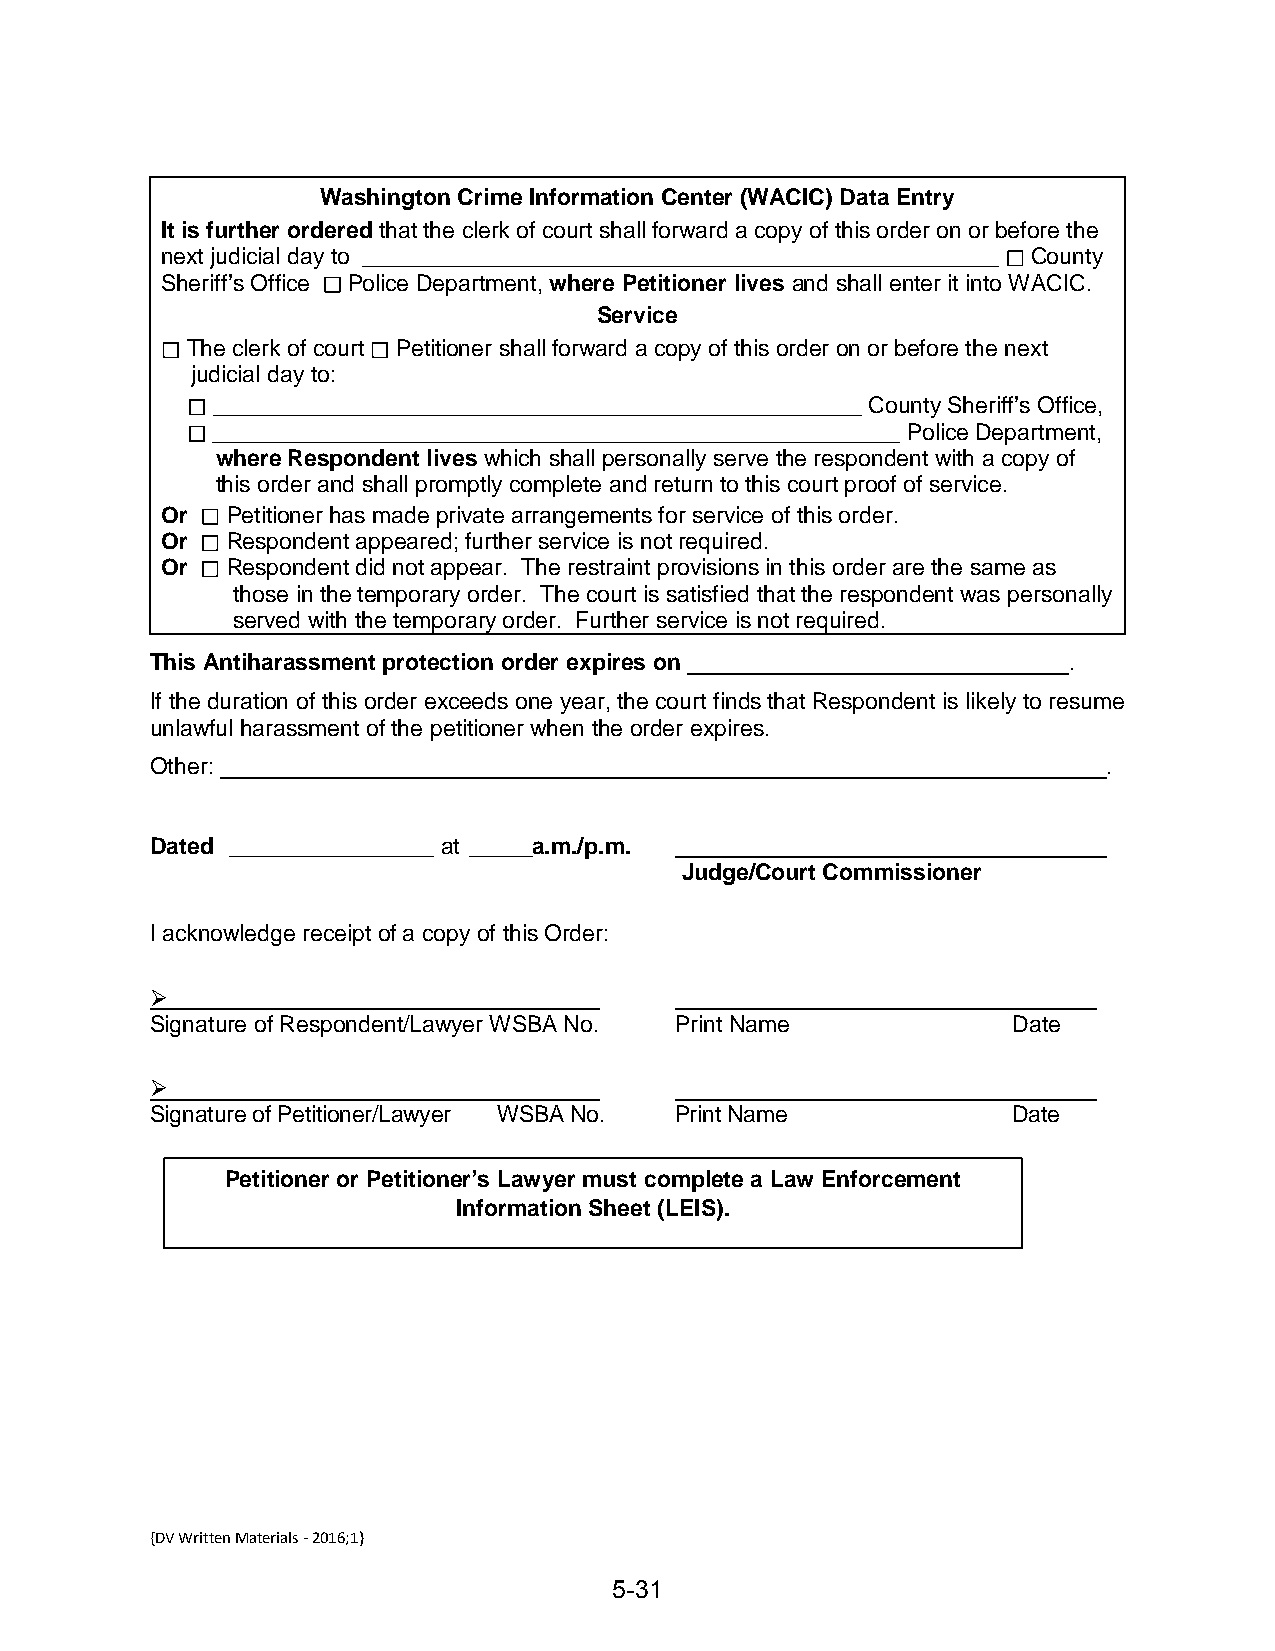
Washington Crime Information Center (WACIC) Data Entry
 It is further ordered that the clerk of court shall forward a copy of this order on or before the
 next judicial day to __________________________________________________ County
 Sheriff’s Office Police Department, where Petitioner lives and shall enter it into WACIC.
 Service
 The clerk of court Petitioner shall forward a copy of this order on or before the next
 judicial day to:
 ___________________________________________________ County Sheriff’s Office,
 ______________________________________________________ Police Department,
 where Respondent lives which shall personally serve the respondent with a copy of
 this order and shall promptly complete and return to this court proof of service.
 Or  Petitioner has made private arrangements for service of this order.
 Or  Respondent appeared; further service is not required.
 Or  Respondent did not appear. The restraint provisions in this order are the same as
 those in the temporary order. The court is satisfied that the respondent was personally
 served with the temporary order. Further service is not required.
 This Antiharassment protection order expires on              .
 If the duration of this order exceeds one year, the court finds that Respondent is likely to resume
 unlawful harassment of the petitioner when the order expires.
 Other:                                                         .
 Dated ________________ at _____a.m./p.m.
 Judge/Court Commissioner
 I acknowledge receipt of a copy of this Order:
 
 Signature of Respondent/Lawyer WSBA No. Print Name       Date
 
 Signature of Petitioner/Lawyer WSBA No. Print Name       Date
 Petitioner or Petitioner’s Lawyer must complete a Law Enforcement
 Information Sheet (LEIS).
 {DV Written Materials - 2016;1}
 5-31